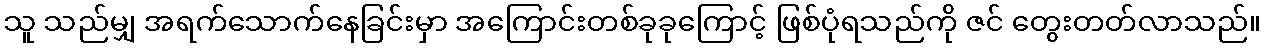
သူ သည်မျှ အရက်သောက်နေခြင်းမှာ အကြောင်းတစ်ခုခုကြောင့် ဖြစ်ပုံရသည်ကို ဇင် တွေးတတ်လာသည်။